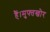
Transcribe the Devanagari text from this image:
हैं।मुफ्तखोर